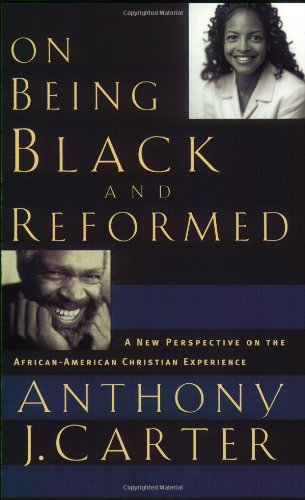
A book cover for On Being Black and Reformed: A New Perspective on the African-American Christian Experience; Anthony J. Carter; Christian Books & Bibles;